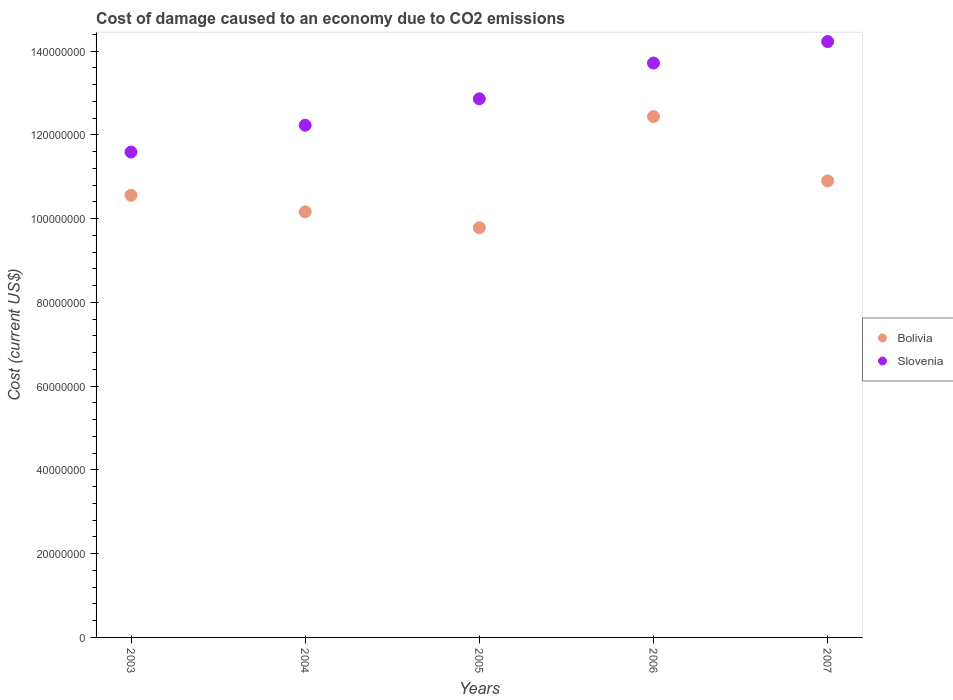
| Years | Bolivia | Slovenia |
 | --- | --- | --- |
 | 2003 | 1.06e+08 | 1.16e+08 |
 | 2004 | 1.02e+08 | 1.22e+08 |
 | 2005 | 9.78e+07 | 1.29e+08 |
 | 2006 | 1.24e+08 | 1.37e+08 |
 | 2007 | 1.09e+08 | 1.42e+08 |